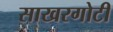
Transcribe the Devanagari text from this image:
साखरगोटी